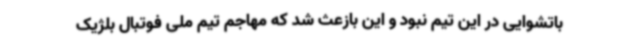
باتشوایی در این تیم نبود و این بازعث شد که مهاجم تیم ملی فوتبال بلژیک